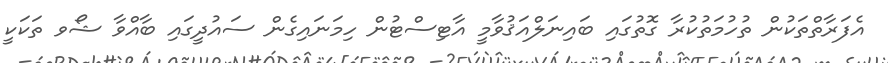
އެފަރާތްތަކުން ތުހުމަތުކުރާ ގޮތުގައި ބައިނަލްއަޤުވާމީ އާޓިސްޓުން ހިމަނައިގެން ސައުދީގައި ބާއްވާ ޝޯވ ތަކަކީ